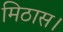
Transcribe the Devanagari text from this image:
मिठास।